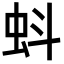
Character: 蚪